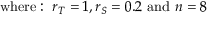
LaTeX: { \mathrm { w h e r e : ~ } } r _ { T } = 1 , r _ { S } = 0 . 2 { \mathrm { ~ a n d ~ } } n = 8